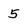
Character: 5